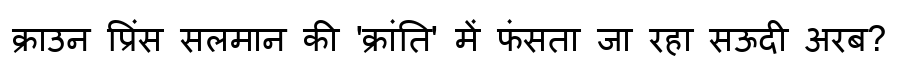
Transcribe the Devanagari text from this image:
क्राउन प्रिंस सलमान की 'क्रांति' में फंसता जा रहा सऊदी अरब?